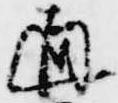
通